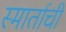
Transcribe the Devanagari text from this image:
स्मार्ताची